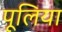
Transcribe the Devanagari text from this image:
पूलिया